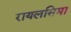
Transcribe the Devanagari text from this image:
रायलसिमा